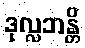
ဒုလ္လဘန္တိ